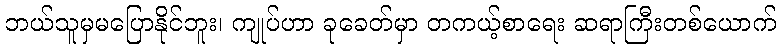
ဘယ်သူမှမပြောနိုင်ဘူး၊ ကျုပ်ဟာ ခုခေတ်မှာ တကယ့်စာရေး ဆရာကြီးတစ်ယောက်